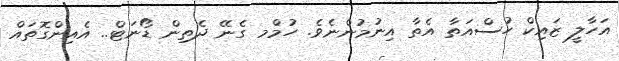
އަހާލީ ޒައިކް ހުސްއަތާ އެތާ އިނުމުންނެވެ. ހުމްމ ގެނޭ ދެތިން ޑޯނަޓް.. އެއިންގޮތައް